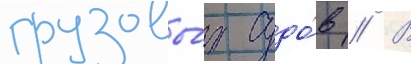
грузовы́х судо́в // В